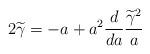
LaTeX: \begin{align*}2\widetilde\gamma=-a+a^2{d\over d a}{\widetilde\gamma^2\over a}\end{align*}